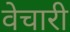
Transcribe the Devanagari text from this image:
वेचारी